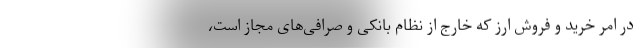
در امر خرید و فروش ارز که خارج از نظام بانکی و صرافی‌های مجاز است،